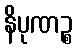
နိပုဏဉ္စ